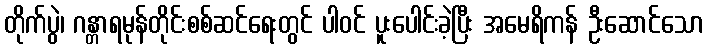
တိုက်ပွဲ၊ ဂန္တာရမုန်တိုင်းစစ်ဆင်ရေးတွင် ပါဝင် ပူးပေါင်းခဲ့ပြီး အမေရိကန် ဦးဆောင်သော